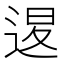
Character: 𨓤